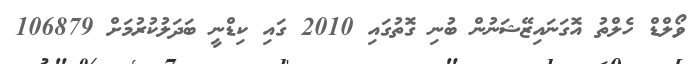
ވޯލްޑް ހެލްތު އޮގަނައިޒޭޝަނުން ބުނި ގޮތުގައި 2010 ގައި ކިޑްނީ ބަދަލުކުރުމަށް 106879